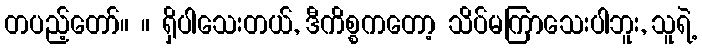
တပည့်တော်။ ။ ရှိပါသေးတယ်, ဒီကိစ္စကတော့ သိပ်မကြာသေးပါဘူး, သူရဲ့